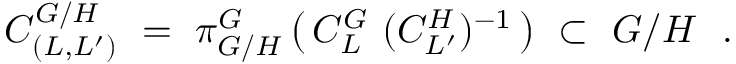
C _ { ( L , L ^ { \prime } ) } ^ { G / H } \ = \ \pi _ { G / H } ^ { G } \left( \, C _ { L } ^ { G } \ ( C _ { L ^ { \prime } } ^ { H } ) ^ { - 1 } \, \right) \ \subset \ G / H \ \ .